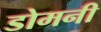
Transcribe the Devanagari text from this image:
डोमनी